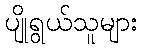
ပျိုရွယ်သူများ